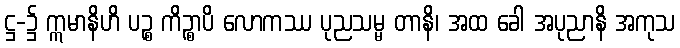
ဋ္ဌ-၌ ဣမာနိဟိ ပဉ္စ ကိဉ္စာပိ လောကဿ ပုညသမ္မ တာနိ၊ အထ ခေါ အပုညာနိ အကုသ